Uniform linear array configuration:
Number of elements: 32
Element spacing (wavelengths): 0.5
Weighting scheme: uniform
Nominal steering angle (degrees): -45
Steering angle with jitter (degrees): -46.671
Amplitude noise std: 0.05
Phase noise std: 0.05

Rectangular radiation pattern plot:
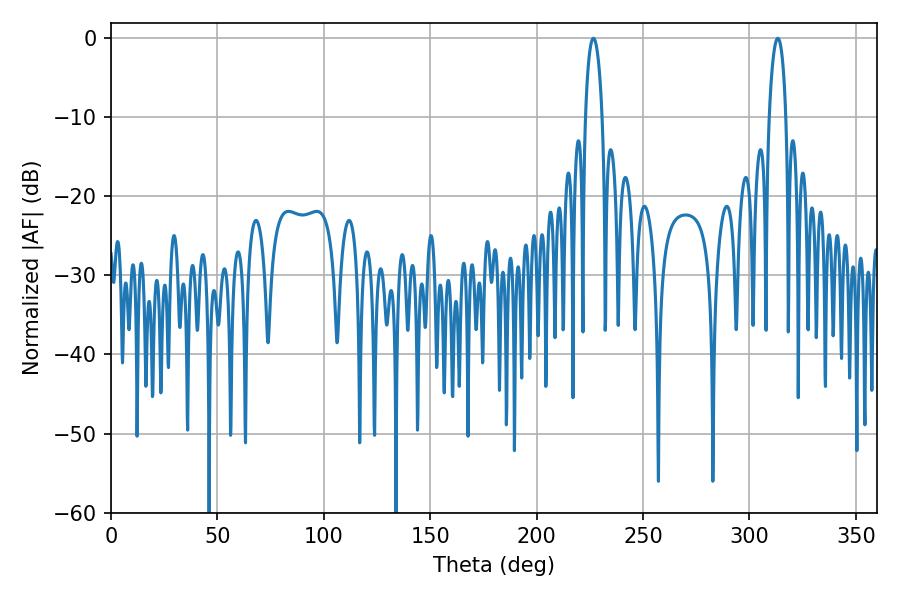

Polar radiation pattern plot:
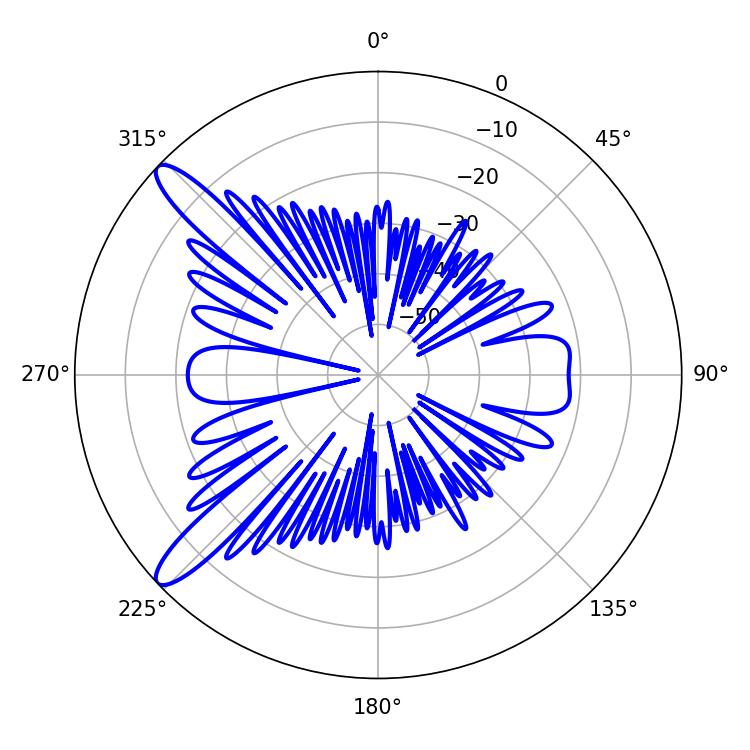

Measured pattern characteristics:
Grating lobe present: FALSE
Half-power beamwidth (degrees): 4.5
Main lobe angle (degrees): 226.62